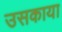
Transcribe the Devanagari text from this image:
उसकाया